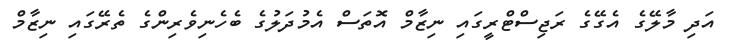
އަދި މާލޭގެ އެގޭގެ ރަޖިސްޓްރީގައި ނިޒާމް އޮތަސް އެމުދަލުގެ ބެހެނިވެރިންގެ ތެރޭގައި ނިޒާމް